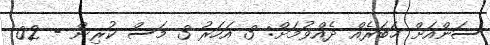
ސަންއަށް ޚަބަރެއް ދެއްވުމަށް: 3 އަހަރު 3 މަސް ކުރިން - 02